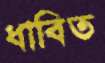
ধাবিত